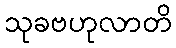
သုခဗဟုလာတိ